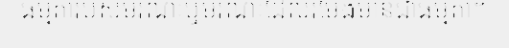
ធម្មតារបស់មរណៈឬមរណៈដែលរមែងមានជាធម្មតា។